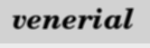
venerial